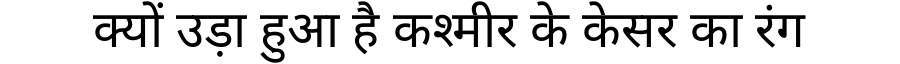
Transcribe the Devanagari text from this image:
क्यों उड़ा हुआ है कश्मीर के केसर का रंग